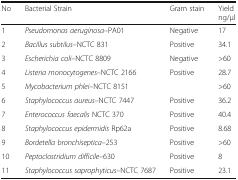
<table><thead><tr><td><b>No</b></td><td><b>Bacterial Strain</b></td><td><b>Gram stain</b></td><td><b>Yieldng/μl</b></td></tr></thead><tbody><tr><td>1</td><td><i>Pseudomonas aeruginosa</i>–PA01</td><td>Negative</td><td>17</td></tr><tr><td>2</td><td><i>Bacillus subtilus</i>–NCTC 831</td><td>Positive</td><td>34.1</td></tr><tr><td>3</td><td><i>Escherichia coli</i>–NCTC 8809</td><td>Negative</td><td>&gt;60</td></tr><tr><td>4</td><td><i>Listeria monocytogenes</i>–NCTC 2166</td><td>Positive</td><td>28.7</td></tr><tr><td>5</td><td><i>Mycobacterium phlei</i>–NCTC 8151</td><td>[EMPTY_CELL]</td><td>&gt;60</td></tr><tr><td>6</td><td><i>Staphylococcus aureus</i>–NCTC 7447</td><td>Positive</td><td>36.2</td></tr><tr><td>7</td><td><i>Enterococcus faecalis</i> NCTC 370</td><td>Positive</td><td>40.4</td></tr><tr><td>8</td><td><i>Staphylococcus epidermidis</i> Rp62a</td><td>Positive</td><td>8.68</td></tr><tr><td>9</td><td><i>Bordetella bronchiseptica</i>–253</td><td>Positive</td><td>&gt;60</td></tr><tr><td>10</td><td><i>Peptoclostridium difficile–</i>630</td><td>Positive</td><td>8</td></tr><tr><td>11</td><td><i>Staphylococcus saprophyticus</i>–NCTC 7687</td><td>Positive</td><td>23.1</td></tr></tbody></table>